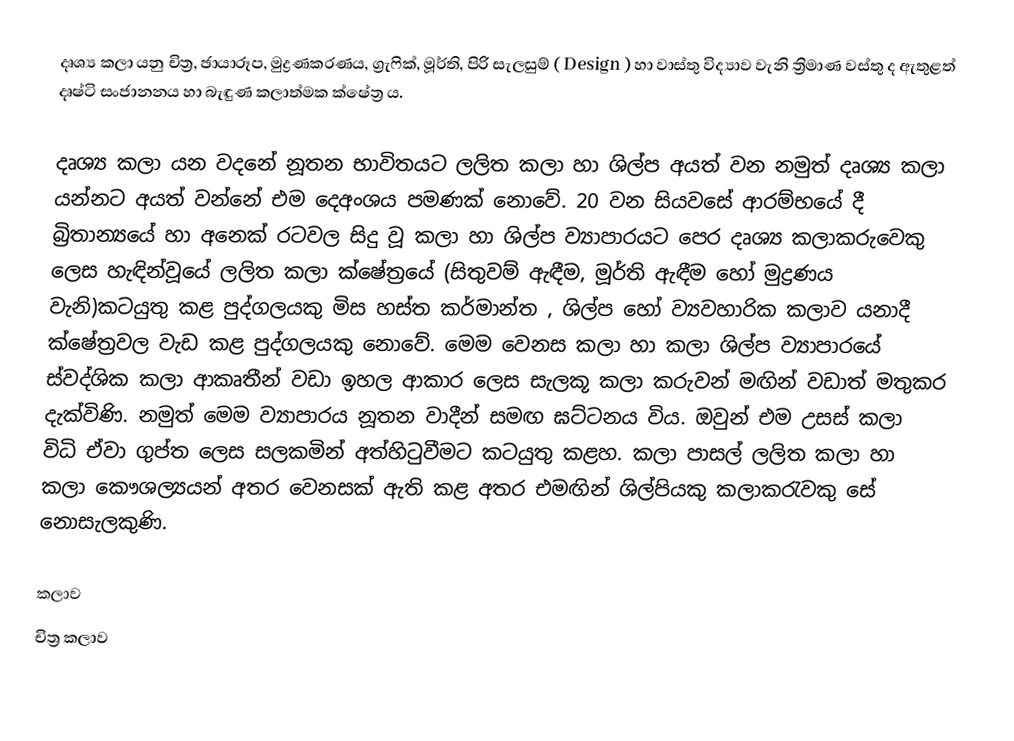
දෘශ්‍ය කලා යනු චිත්‍ර, ඡායාරූප, මුද්‍රණකරණය, ග්‍රැෆික්,  මූර්ති, පිරි සැලසුම් ( Design )   හා වාස්තු විද්‍යාව වැනි ත්‍රිමාණ වස්තු ද ඇතුළත් දෘෂ්ටි සංජානනය හා බැඳුණ කලාත්මක ක්ෂේත්‍ර ය.

දෘශ්‍ය කලා යන වදනේ නූතන භාවිතයට ලලිත කලා හා ශිල්ප අයත් වන නමුත් දෘශ්‍ය කලා යන්නට අයත් වන්නේ එම දෙඅංශය පමණක් නොවේ. 20 වන සියවසේ ආරම්භයේ දී බ්‍රිතාන්‍යයේ හා අනෙක් රටවල සිදු වූ කලා හා ශිල්ප ව්‍යාපාරයට පෙර දෘශ්‍ය කලාකරුවෙකු ලෙස හැඳින්වූයේ ලලිත කලා ‍ක්ෂේත්‍රයේ (සිතුවම් ඇඳීම, මූර්ති ඇඳීම හෝ මුද්‍රණය වැනි)කටයුතු කළ පුද්ගලයකු මිස හස්ත කර්මාන්ත , ශිල්ප හෝ ව්‍යවහාරික කලාව යනාදී ක්ෂේත්‍රවල වැඩ කළ පුද්ගලයකු නොවේ. මෙම වෙනස කලා හා කලා ශිල්ප ව්‍යාපාරයේ ස්වද්ශික කලා ආකෘතීන් වඩා ඉහල ආකාර ලෙස සැලකූ කලා කරුවන් මඟින් වඩාත් මතුකර දැක්විණි. නමුත් මෙම ව්‍යාපාරය නූතන වාදීන් සමඟ ඝට්ටනය විය. ඔවුන් එම උසස් කලා විධි ඒවා ගුප්ත ලෙස සලකමින් අත්හිටුවීමට කටයුතු කළහ. කලා පාසල් ලලිත කලා හා කලා කෞශල්‍යයන් අතර වෙනසක් ඇති කළ අතර එමඟින් ශිල්පියකු කලාකරැවකු සේ නොසැලකුණි.

කලාව
චිත්‍ර කලාව